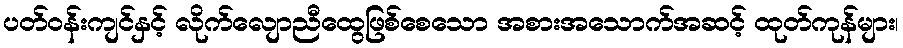
ပတ်ဝန်းကျင်နှင့် လိုက်လျောညီထွေဖြစ်စေသော အစားအသောက်အဆင့် ထုတ်ကုန်များ၊